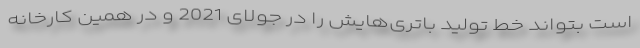
است بتواند خط تولید باتری‌هایش را در جولای 2021 و در همین کارخانه